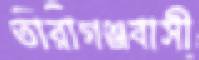
তারাগঞ্জবাসী